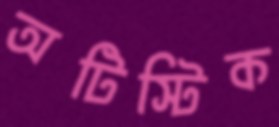
অটিস্টিক